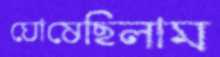
ঘোষেছিলাম